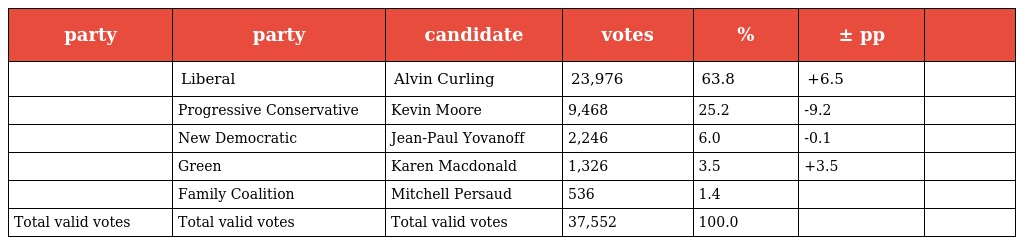
| party | party | candidate | votes | % | ± pp |  |
 | --- | --- | --- | --- | --- | --- | --- |
 |  | Liberal | Alvin Curling | 23,976 | 63.8 | +6.5 |  |
 |  | Progressive Conservative | Kevin Moore | 9,468 | 25.2 | -9.2 |  |
 |  | New Democratic | Jean-Paul Yovanoff | 2,246 | 6.0 | -0.1 |  |
 |  | Green | Karen Macdonald | 1,326 | 3.5 | +3.5 |  |
 |  | Family Coalition | Mitchell Persaud | 536 | 1.4 |  |  |
 | Total valid votes | Total valid votes | Total valid votes | 37,552 | 100.0 |  |  |